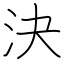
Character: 決